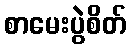
စာမေးပွဲစိတ်